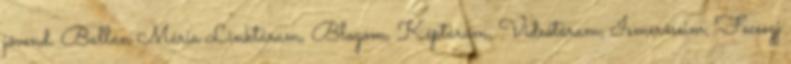
jövend. Ballán Mária Linktáram, Blogom, Képtáram, Videótáram, Ismerőseim, Fecsegj